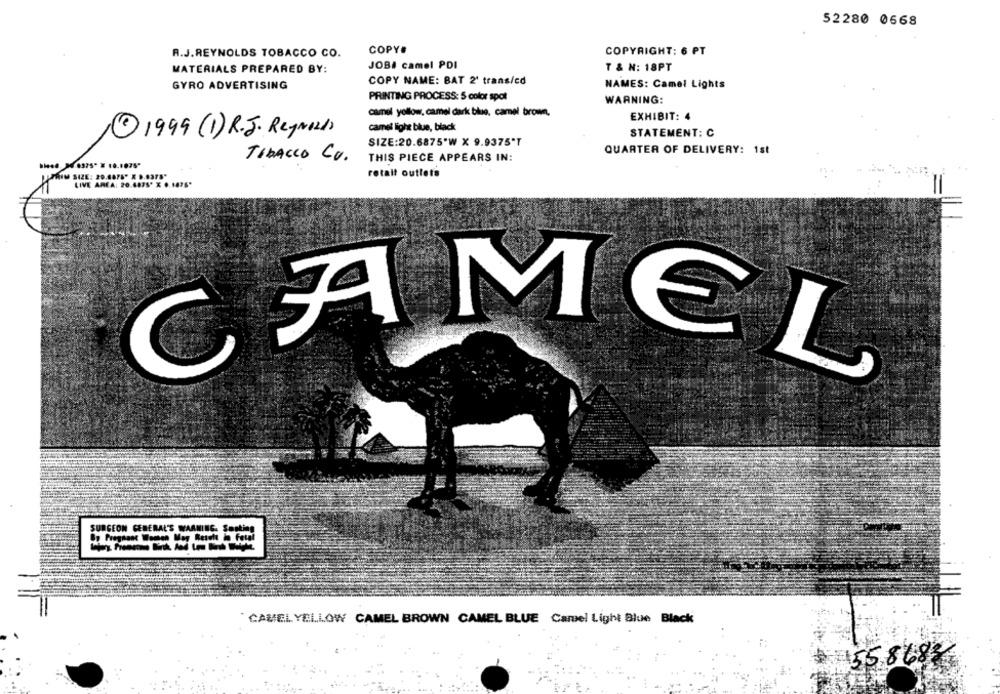
52280 0668
COPY#
A.J.REYNOLDS TOBACCO CO.
COPYRIGHT: 6 PT
MATERIALS PREPARED BY:
JOBA camel PDI
T & N: 18PT
COPY NAME: BAT 2' trans/cd
GYRO ADVERTISING
NAMES: Camel Lights
PRINTING PROCESS: 5 color spot
WARNING:
camel yollow, camel dark blue, camel brown,
EXHIBIT: 4
camel light blue, black
1 1999 (1) R.J. Reynolds
STATEMENT: C
SIZE:20.6875'W X 9.9375'T
QUARTER OF DELIVERY: 1st
TIBACCO CV.
THIS PIECE APPEARS IN:
retail outlets
TRIM SIZE: 20.4875" X 9.8375'
LIVE AREA: 20.4875' X 6.1475*
CAMEL
SURGEON GENERAL'S WARNING- Smoking
" CAMIEL YELLOW CAMEL BROWN CAMEL BLUE Camel Light Blue Black
1558683